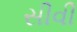
સીવી